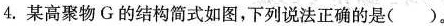
4.某高聚物G的结构简式如图，下列说法正确的是( )。